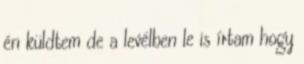
én küldtem de a levélben le is írtam hogy